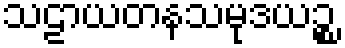
သဠာယတနသမုဒယဉ္စ